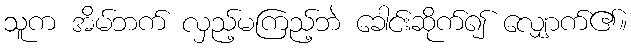
သူက အိမ်ဘက် လှည့်မကြည့်ဘဲ ခေါင်းဆိုက်၍ လျှောက်၏။